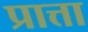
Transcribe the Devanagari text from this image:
प्रात्ता